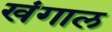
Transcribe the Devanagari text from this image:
खंगाल